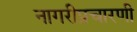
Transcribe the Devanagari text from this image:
नागरीप्रचारणी